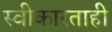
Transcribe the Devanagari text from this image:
स्वीकारताही